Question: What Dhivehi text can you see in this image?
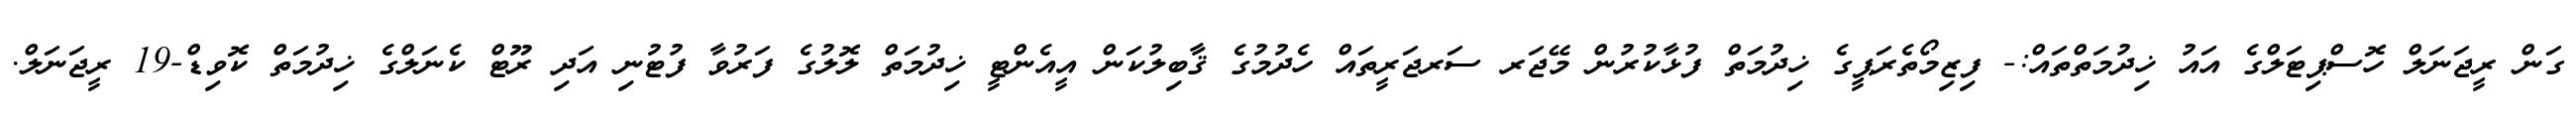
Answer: ގަން ރީޖަނަލް ހޮސްޕިޓަލްގެ އައު ޚިދުމަތްތައް:- ފިޒިމޯތެރަޕީގެ ޚިދުމަތް ފުޅާކުރުން މޭޖަރ ސަރޖަރީތައް ހެދުމުގެ ޤާބިލުކަން އީއެންޓީ ޚިދުމަތް ލޮލުގެ ފަރުވާ ފުޓުނި އަދި ރޫޓް ކެނަލްގެ ޚިދުމަތް ކޮވިޑް-19 ރީޖަނަލް.